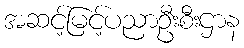
အဆင့်မြင့်ပညာဦးစီးဌာန